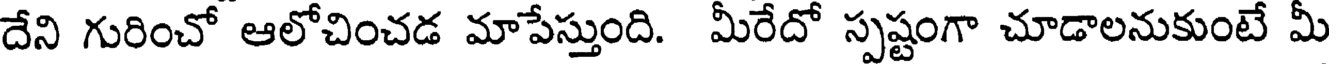
దేని గురించో ఆలోచించడ మాపేస్తుంది. మీరేదో స్పష్టంగా చూడాలనుకుంటే మీ